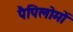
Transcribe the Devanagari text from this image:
पैपिलोमों